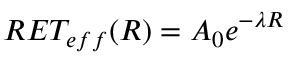
R E T _ { e f f } ( R ) = A _ { 0 } e ^ { - \lambda R }